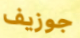
جوزيف